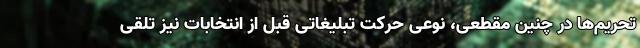
تحریم‌ها در چنین مقطعی، نوعی حرکت تبلیغاتی قبل از انتخابات نیز تلقی